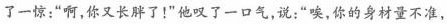
了一惊：”啊，你又长胖了！”他叹了一口气，说：”唉，你的身材量不准，